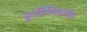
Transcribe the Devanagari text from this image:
मूर्तिशिल्पातील